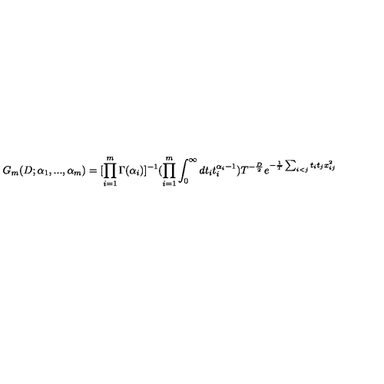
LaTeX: G _ { m } ( D ; \alpha _ { 1 } , . . . , \alpha _ { m } ) = [ \prod _ { i = 1 } ^ { m } \Gamma ( \alpha _ { i } ) ] ^ { - 1 } ( \prod _ { i = 1 } ^ { m } \int _ { 0 } ^ { \infty } d t _ { i } t _ { i } ^ { \alpha _ { i } - 1 } ) T ^ { - \frac { D } { 2 } } e ^ { - \frac { 1 } { T } \sum _ { i < j } t _ { i } t _ { j } x _ { i j } ^ { 2 } }